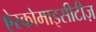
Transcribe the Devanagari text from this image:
ऐस्कोमाइसीटीज़